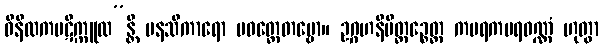
ဝိနီလကပဋိက္ကူလ”န္တိ မနသိကာရော ပဝတ္တေတဗ္ဗော။ ဥဂ္ဂဟနိမိတ္တဉ္စေတ္ထ ကဗရကဗရဝဏ္ဏံ ဟုတွာ